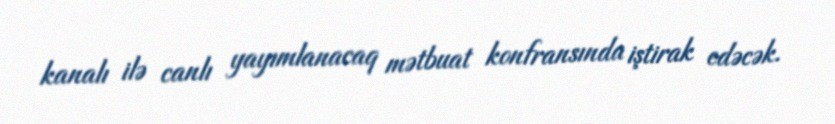
kanalı ilə canlı yayımlanacaq mətbuat konfransında iştirak edəcək.